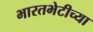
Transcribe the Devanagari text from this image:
भारतभेटीच्या